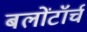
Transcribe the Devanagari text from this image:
बलोंटॉर्च